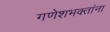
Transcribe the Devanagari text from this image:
गणेशभक्तांना